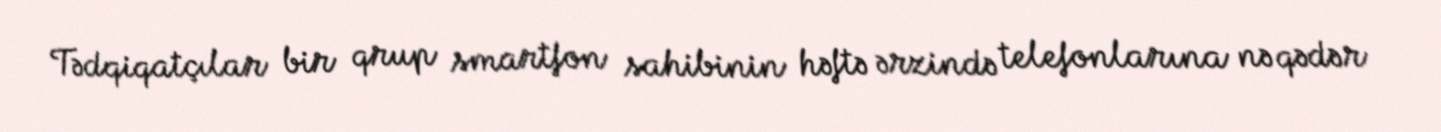
Tədqiqatçılar bir qrup smartfon sahibinin həftə ərzində telefonlarına nə qədər